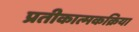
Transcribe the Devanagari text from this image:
प्रतीकात्मकक्रिया